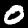
Digit: 0